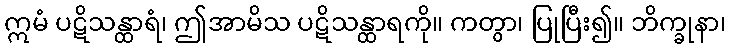
ဣမံ ပဋိသန္ထာရံ၊ ဤအာမိသ ပဋိသန္ထာရကို။ ကတွာ၊ ပြုပြီး၍။ ဘိက္ခုနာ၊